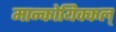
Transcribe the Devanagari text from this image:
मान्कोयिक्कल्